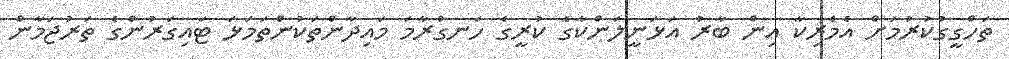
ތަހްގީގުކުރުމަށް އެމެރިކާ އިން ބާރު އަޅަނީލަންކާގެ ކުރީގެ ހަނގުރާމަ މައިދާންތަކުންތަމަޅަ ޓައިގަރުންގެ ތަރުޖަމާން